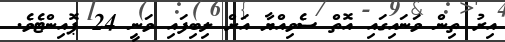
އިރު ތިން ވަނައިގައި އޮތް ސެވިއްޔާ އަށް ލިބިފައި ވަނީ 24 ޕޮއިންޓެވެ.